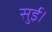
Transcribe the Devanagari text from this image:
सुई।